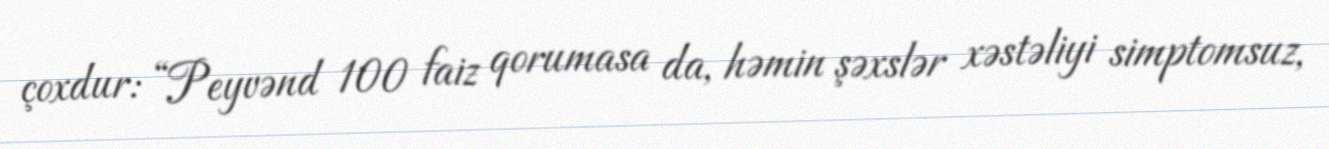
çoxdur: “Peyvənd 100 faiz qorumasa da, həmin şəxslər xəstəliyi simptomsuz,